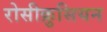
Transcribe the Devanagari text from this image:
रोसीक्रुसियन